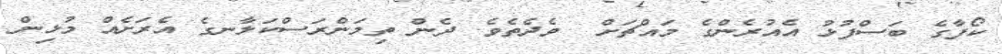
ކޯފާގެ ބަސްފުޅު އެއުރެންގެ މައްޗަށް  ވެދެތެވެ. ދެން ތިމަންރަސްކަލާނގެ އެރަށެއް މުޅިން